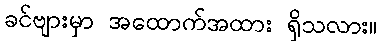
ခင်ဗျားမှာ အထောက်အထား ရှိသလား။